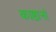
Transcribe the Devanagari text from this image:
काष्ठानां